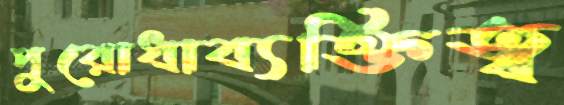
পুরোধাব্যক্তিত্ব